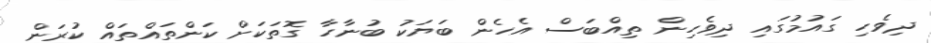
ދިވެހި ގައުމުގައި ދިވެހިން ތިއްބަސް އެހެން ބަޔަކު ބުނާހާ ގޮތަކަށް ކަންތައްތައް ކުރަން